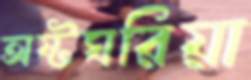
অষ্টঘরিয়া